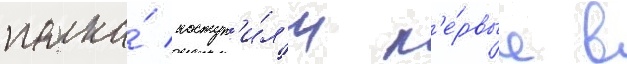
полка́ поступ'и́л'и п'е́рвые в